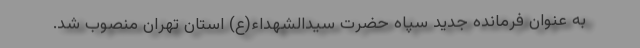
به عنوان فرمانده جدید سپاه حضرت سیدالشهداء(ع) استان تهران منصوب شد.